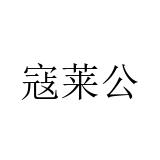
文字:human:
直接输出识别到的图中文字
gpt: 寇莱公